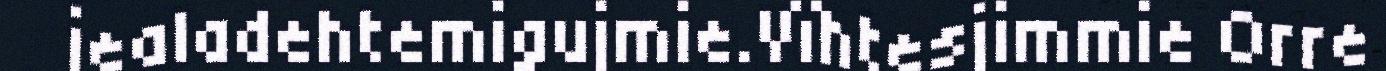
jealadehtemigujmie.Vïhtesjimmie Orre